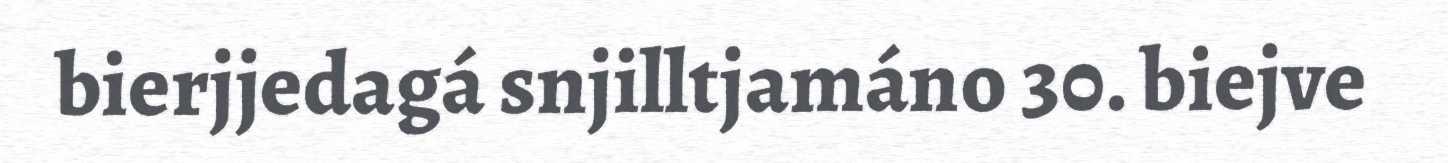
bierjjedagá snjilltjamáno 30. biejve